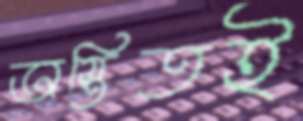
অস্তিতই